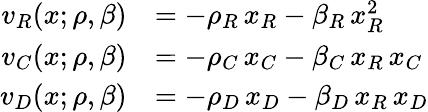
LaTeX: \begin{array}{rl}{v_{R}(x;\rho,\beta)}&{=-\rho_{R}\, x_{R}-\beta_{R}\, x_{R}^{2}}\\ {v_{C}(x;\rho,\beta)}&{=-\rho_{C}\, x_{C}-\beta_{C}\, x_{R}\, x_{C}}\\ {v_{D}(x;\rho,\beta)}&{=-\rho_{D}\, x_{D}-\beta_{D}\, x_{R}\, x_{D}}\end{array}